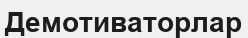
Демотиваторлар